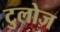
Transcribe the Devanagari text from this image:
टुलोज